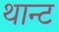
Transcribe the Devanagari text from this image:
थान्ट